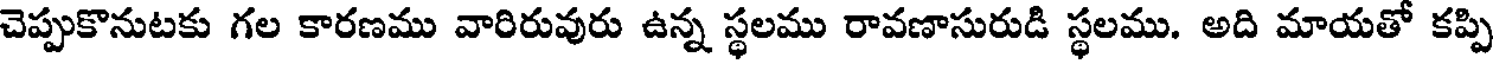
చెప్పుకొనుటకు గల కారణము వారిరువురు ఉన్న స్థలము రావణాసురుడి స్థలము. అది మాయతో కప్పి